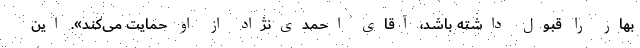
بهار را قبول داشته باشد، آقای احمدی‌نژاد از او حمایت می‌کند». این